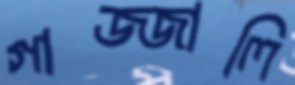
গাজ্জালি